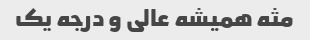
مثه همیشه عالی و درجه یک